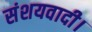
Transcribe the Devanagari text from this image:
संशयवादी।